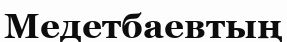
Медетбаевтың